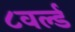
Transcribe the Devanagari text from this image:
८वर्ल्ड